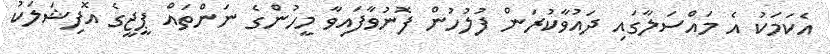
އެކަމަކު އެ މައްސަލާގައި ދައުވާކުރަން ފުލުހުން ފޮނުވާފައިވާ މީހުންގެ ނަންތައް ޕީޖީގެ އޮފިޝަލަކު